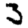
Digit: 3